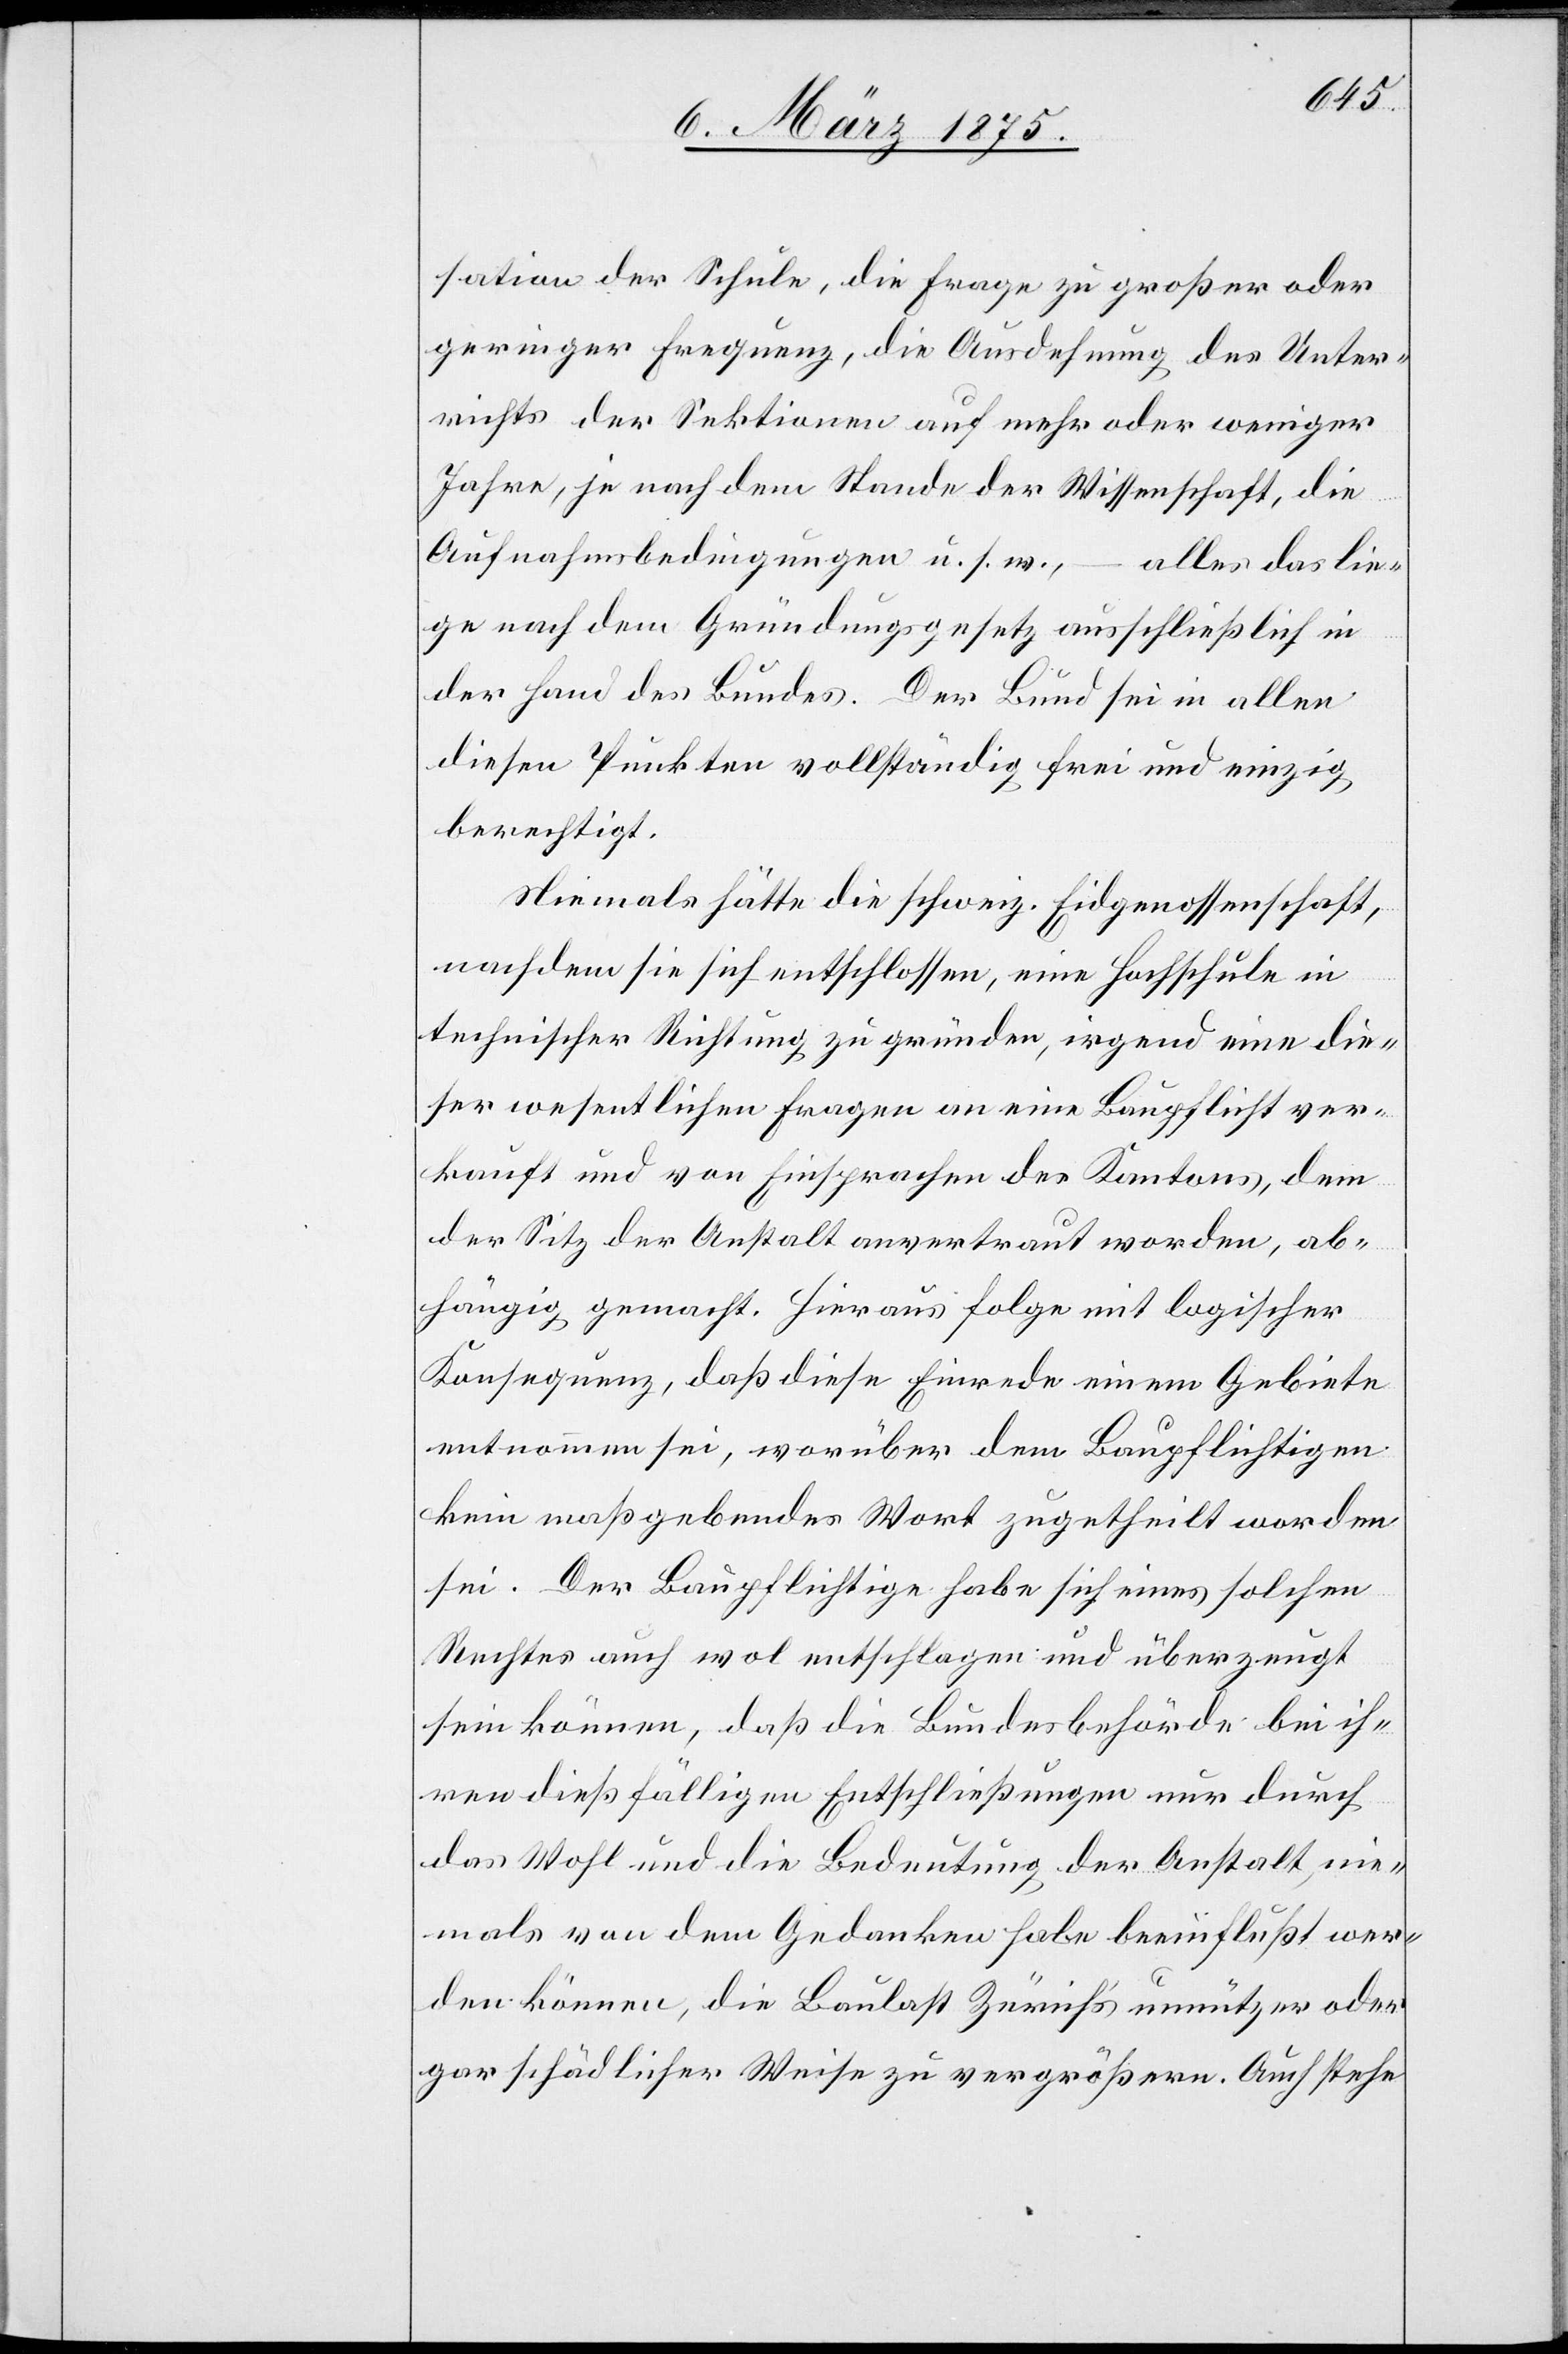
sation der Schule, die Frage zu großer oder
geringer Frequenz, die Ausdehnung des Unter¬
richts der Sektionen auf mehr oder weniger
Jahre, je nach dem Stande der Wissenschaft, die
Aufnahmebedingungen u. s. w.,
alles das lie¬
ge nach dem Gründungsgesetz ausschließlich in
der Hand des Landes. Der Bund sei in allen
diesen Punkten vollständig frei und einzig
berechtigt.
Niemals hätte die schweiz. Eidgenossenschaft,
nachdem sie sich entschlossen, eine Fachschule in
technischer Richtung zu gründen, irgend eine die¬
ser wesentlichen Fragen an eine Baupflicht ver¬
kauft und von Einsprachen des Kantons, dem
der Sitz der Anstalt anvertraut worden, ab¬
hängig gemacht. Hieraus folge mit logischer
Konsequenz, daß diese Einrede einem Gebiete
entnommen sei, worüber dem Baupflichtigen
kein maßgebendes Wort zugetheilt worden
sei. Der Baupflichtige habe sich eines solchen
Rechtes auch wol mitschlagen und überzeugt
sein können, daß die Bundesbehörde bei ih¬
ren dießfälligen Entschließungen nur durch
das Wohl und die Bedeutung der Anstalt, nie¬
mals von dem Gedanken habe beeinflußt wer¬
den können, die Baulast Zürich’s unnützer oder
gar schädlicher Weise zu vergrößern. Auch stehe